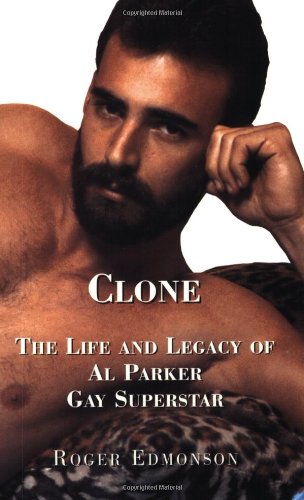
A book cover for Clone: The Life and Legacy of Al Parker, Gay Superstar; Roger Edmonson; Gay & Lesbian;